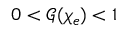
0 < \mathcal { G } ( \chi _ { e } ) < 1